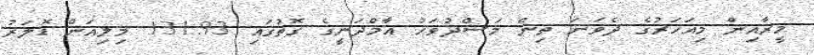
މީރާއިން މިއަހަރުގެ ދެވަނަ ތިން މަސްދުވަހު އާމްދަނީގެ ގޮތުގައި 131.93 މިލިއަން ޑޮލަރު